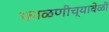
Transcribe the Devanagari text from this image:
फाळणीच्यावेळी